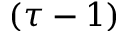
( \tau - 1 )